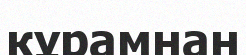
кұрамнан